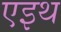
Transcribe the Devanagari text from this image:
एइथ